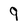
Character: 9